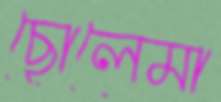
ছোলেমা